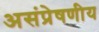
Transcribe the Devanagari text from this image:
असंप्रेषणीय